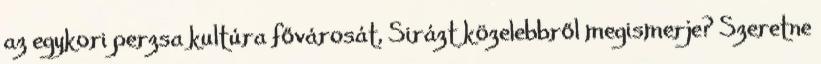
az egykori perzsa kultúra fővárosát, Sirázt közelebbről megismerje? Szeretne